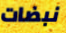
نبضات